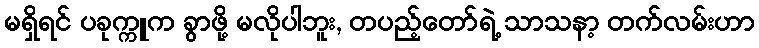
မရှိရင် ပခုက္ကူက ခွာဖို့ မလိုပါဘူး, တပည့်တော်ရဲ့ သာသနာ့ တက်လမ်းဟာ